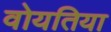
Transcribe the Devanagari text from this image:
वोयतिया